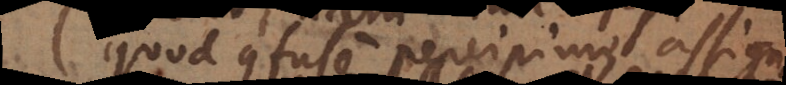
quod confuse percipimus, assign